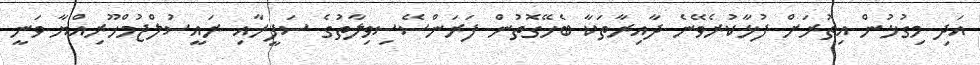
އަދި މިގުޅުން އިތުރަށް ފުޅާކުރެވޭނެ ދާއިރާތަކާ ބެހޭގޮތުން ފަރަންސޭސިވިލާތުގެ ސަފީރާއި ރައީސުލްޖުމްހޫރިއްޔާ ވަނީ